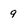
Character: 9